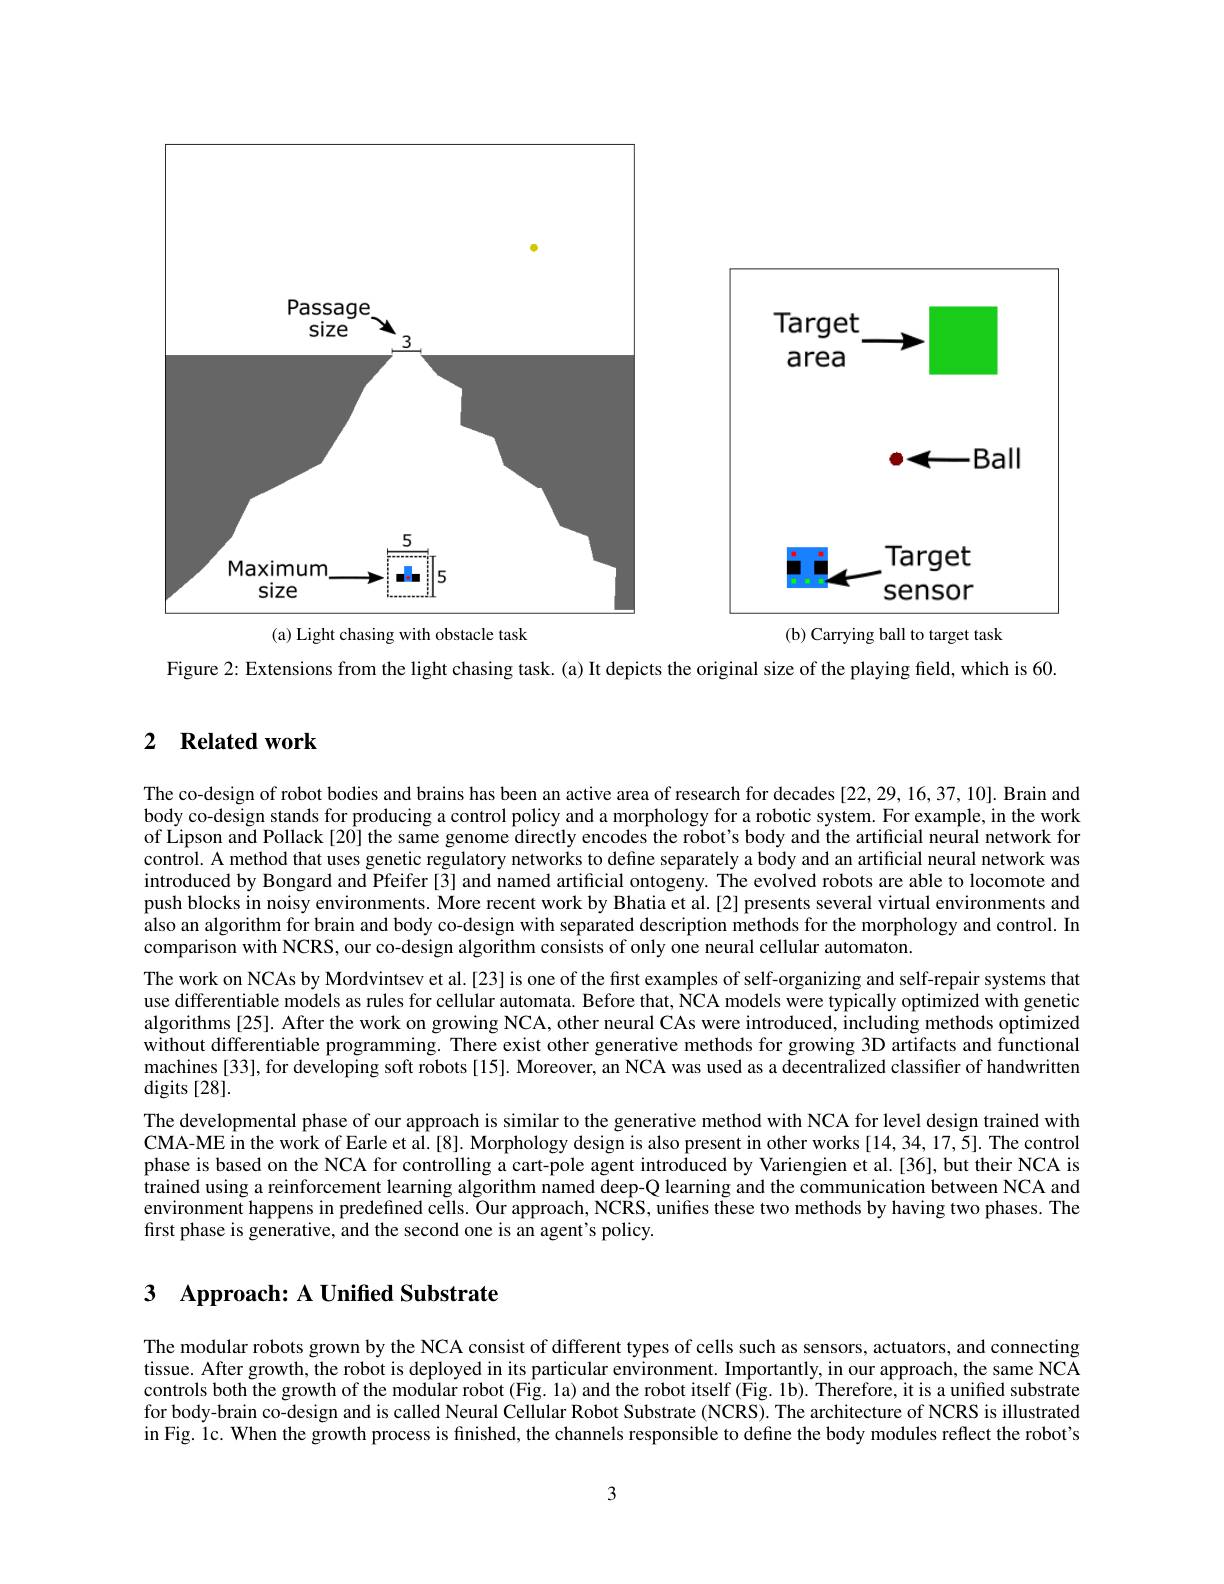
<FigureHere>

Figure 2: Extensions from the light chasing task. (a) It depicts the original size of the playing field, which is 60.

## 2 Related work

The co-design of robot bodies and brains has been an active area of research for decades [22,29,16,37,10]. Brain and body co-design stands for producing a control policy and a morphology for a robotic system. For example, in the work of Lipson and Pollack [20] the same genome directly encodes the robot's body and the artificial neural network for control. A method that uses genetic regulatory networks to define separately a body and an artificial neural network was introduced by Bongard and Pfeifer[3] and named artificial ontogeny. The evolved robots are able to locomote and push blocks in noisy environments. More recent work by Bhatia et al.[2] presents several virtual environments and also an algorithm for brain and body co-design with separated description methods for the morphology and control. In comparison with NCRS, our co-design algorithm consists of only one neural cellular automaton.
The work on NCAs by Mordvintsev et al.[23] is one of the frst examples of self-organizing and self-repair systems that use differentiable models as rules for cellular automata. Before that, NCA models were typically optimized with genetic algorithms [25]. After the work on growing NCA, other neural CAs were introduced, including methods optimized without differentiable programming. There exist other generative methods for growing 3D artifacts and functional machines [33], for developing soft robots [15]. Moreover, an NCA was used as a decentralized classiffer of handwritten digits [28].
The developmental phase of our approach is similar to the generative method with NCA for level design trained with CMA-ME in the work of Earle et al.[8]. Morphology design is also present in other works [14,34,17,5]. The control phase is based on the NCA for controlling a cart-pole agent introduced by Variengien et al.[36], but their NCA is $\hat{\text{trained using a reinforcement learning algorithm named deep-Q learning and the communication between NCA and}}$ environment happens in predefined cells. Our approach, NCRS, unifies these two methods by having two phases. The first phase is generative, and the second one is an agent's policy.

# 3 Approach: A Unified Substrate

The modular robots grown by the NCA consist of different types of cells such as sensors, actuators, and connecting tissue. After growth, the robot is deployed in its particular environment. Importantly, in our approach, the same NCA controls both the growth of the modular robot (Fig. 1a) and the robot itself ($\hat{\text{Fig.1b}}$). Therefore, it is a uniffed substrate for body-brain co-design and is called Neural Cellular Robot Substrate (NCRS). The architecture of NCRS is illustrated in Fig. 1c. When the growth process is finished, the channels responsible to define the bodules reflect the robot's

3